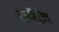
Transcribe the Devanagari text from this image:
दलविहीन